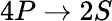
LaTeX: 4P\rightarrow 2S